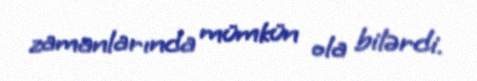
zamanlarında mümkün ola bilərdi.